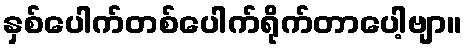
နှစ်ပေါက်တစ်ပေါက်ရိုက်တာပေါ့ဗျာ။